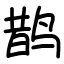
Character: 鹊